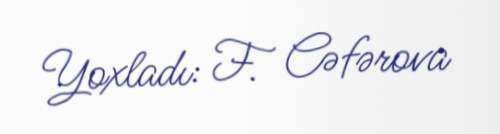
Yoxladı: F. Cəfərova